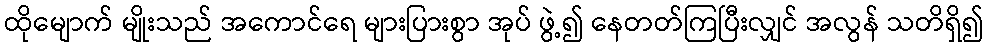
ထိုမျောက် မျိုးသည် အကောင်ရေ များပြားစွာ အုပ် ဖွဲ့၍ နေတတ်ကြပြီးလျှင် အလွန် သတိရှိ၍